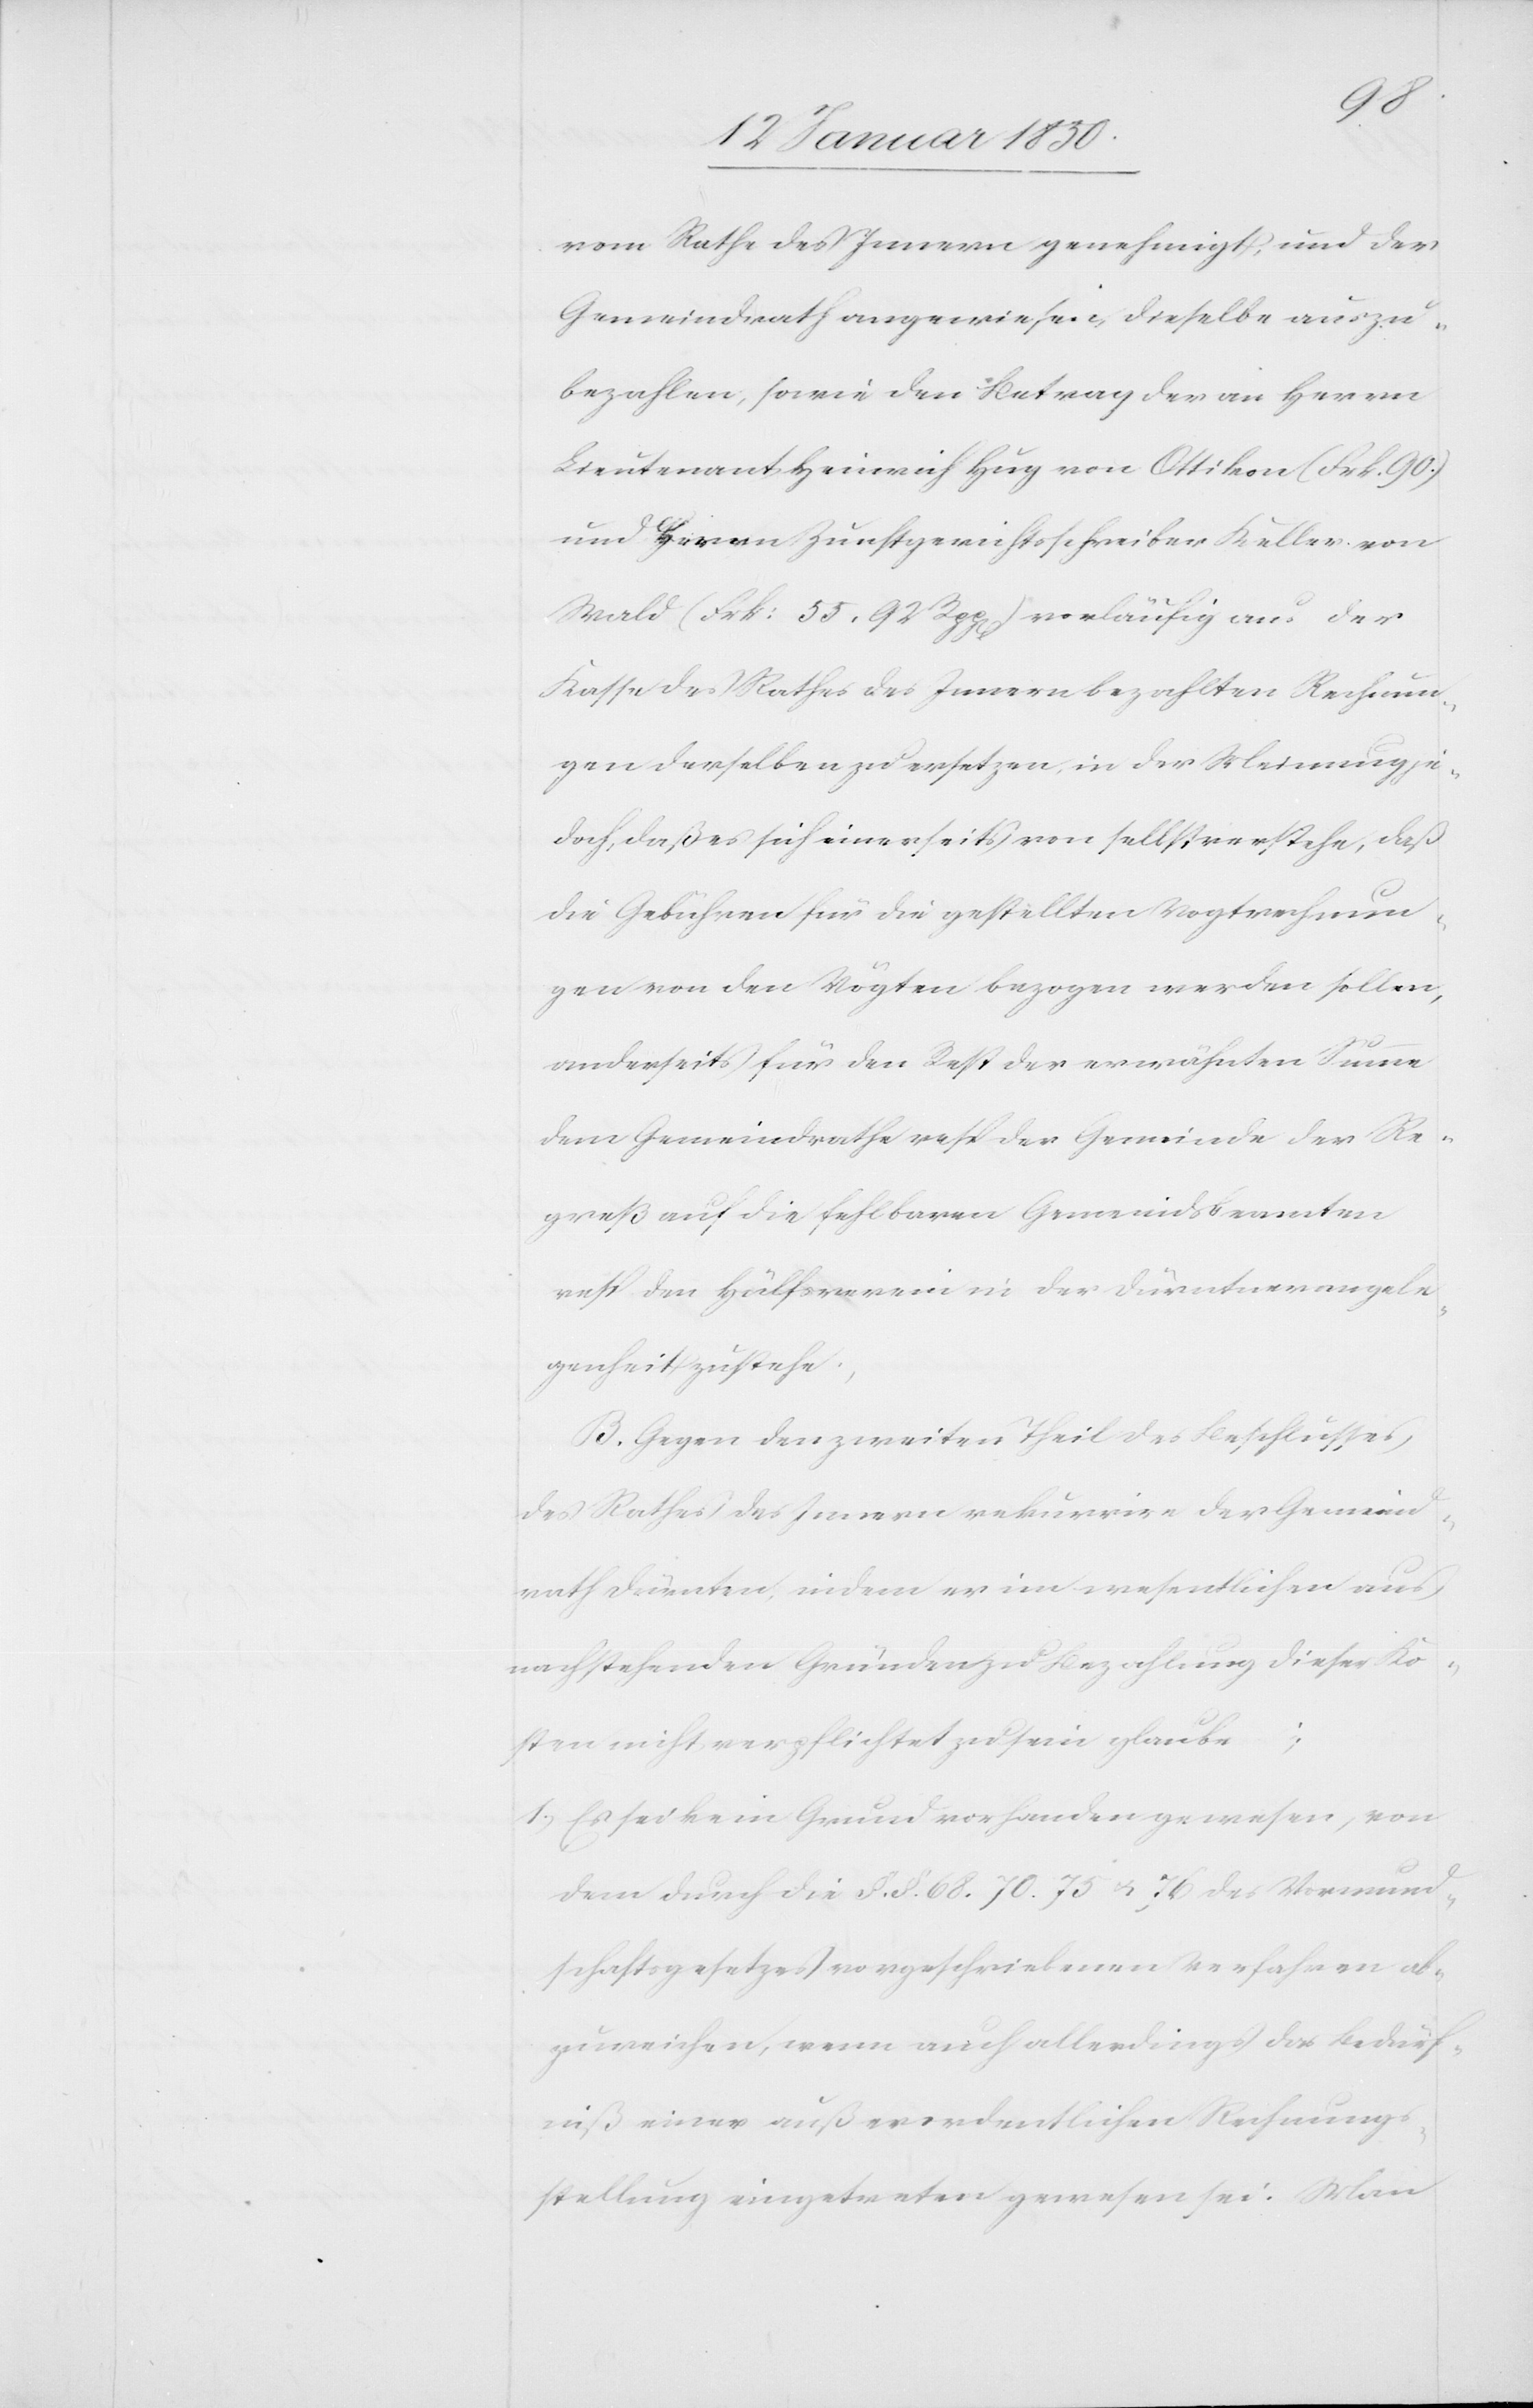
vom Rathe des Innern genehmigt, und der
Gemeindrath angewiesen, dieselbe auszu¬
bezahlen, sowie den Betrag der an Herrn
Lieutenant Heinrich Hug von Ottikon (Frk 90.)
und Herrn Zunftgerichtsschreiber Keller von
Wald (Frk: 55. 92 Rpp[en]) vorläufig aus der
Kasse des Rathes des Innern bezahlten Rechnun¬
gen derselben zu ersetzen, in der Meinung je¬
doch, daß es sich einerseits von selbst verstehe, daß
die Gebühren für die gestellten Vogtrechnun¬
gen von den Vögten bezogen werden sollen,
anderseits für den Rest der erwähnten Summe
dem Gemeindrathe resp der Gemeinde der Re¬
greß auf die fehlbaren Gemeindsbeamten
resp den Hülfsverein in der Dürntnerangele¬
genheit zustehe,
B. Gegen den zweiten Theil des Beschlusses
des Rathes des Innern rekurrire der Gemeind¬
rath Dürnten, indem er im wesentlichen aus
nachstehenden Gründen zu Bezahlung dieser Ko¬
sten nicht verpflichtet zu sein glaube;
1. Es sei kein Grund vorhanden gewesen, von
dem durch die §. §. 68. 70. 75 u. 76 des Vormund¬
schaftsgesetzes vorgeschriebenen Verfahren ab¬
zuweichen, wenn auch allerdings das Bedürf¬
niß einer außerordentlichen Rechnungs¬
stellung eingetreten gewesen sei. Man